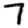
Digit: 7